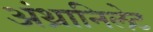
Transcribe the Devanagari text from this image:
अंथ्रानिलेट